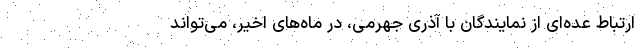
ارتباط عده‌ای از نمایندگان با آذری‌ جهرمی، در ماه‌های اخیر، می‌تواند